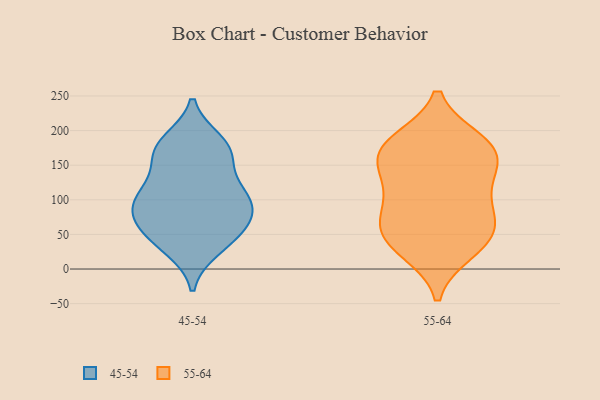
{"axis": {"x": "Operating Costs (USD K)", "y": "Value"}, "legend": ["45-54", "55-64"], "data": [{"x": "", "y": 103, "type": "45-54"}, {"x": "", "y": 35, "type": "45-54"}, {"x": "", "y": 174, "type": "45-54"}, {"x": "", "y": 103, "type": "45-54"}, {"x": "", "y": 167, "type": "45-54"}, {"x": "", "y": 184, "type": "45-54"}, {"x": "", "y": 109, "type": "45-54"}, {"x": "", "y": 98, "type": "45-54"}, {"x": "", "y": 50, "type": "45-54"}, {"x": "", "y": 80, "type": "45-54"}, {"x": "", "y": 78, "type": "45-54"}, {"x": "", "y": 65, "type": "45-54"}, {"x": "", "y": 178, "type": "45-54"}, {"x": "", "y": 30, "type": "45-54"}, {"x": "", "y": 157, "type": "45-54"}, {"x": "", "y": 120, "type": "45-54"}, {"x": "", "y": 61, "type": "45-54"}, {"x": "", "y": 184, "type": "55-64"}, {"x": "", "y": 35, "type": "55-64"}, {"x": "", "y": 44, "type": "55-64"}, {"x": "", "y": 66, "type": "55-64"}, {"x": "", "y": 111, "type": "55-64"}, {"x": "", "y": 62, "type": "55-64"}, {"x": "", "y": 27, "type": "55-64"}, {"x": "", "y": 112, "type": "55-64"}, {"x": "", "y": 179, "type": "55-64"}, {"x": "", "y": 166, "type": "55-64"}, {"x": "", "y": 157, "type": "55-64"}, {"x": "", "y": 178, "type": "55-64"}, {"x": "", "y": 76, "type": "55-64"}, {"x": "", "y": 143, "type": "55-64"}]}